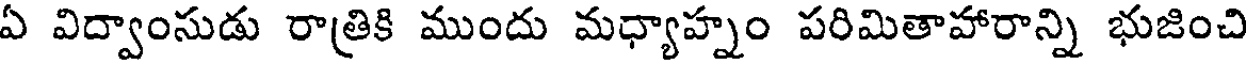
ఏ విద్వాంసుడు రాత్రికి ముందు మధ్యాహ్నం పరిమితాహారాన్ని భుజించి